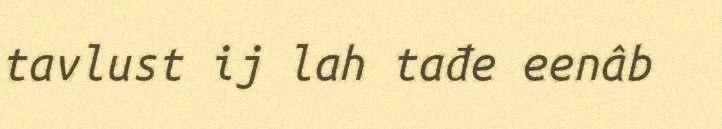
tavlust ij lah tađe eenâb